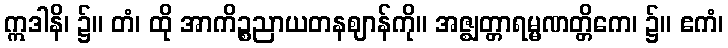
ဣဒါနိ၊ ၌။ တံ၊ ထို အာကိဉ္စညာယတနဈာန်ကို။ အဇ္ဈတ္တာရမ္မဏတ္တိကေ၊ ၌။ ဧကံ၊